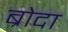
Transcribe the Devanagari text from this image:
ब्रोदा